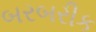
બરબરીક